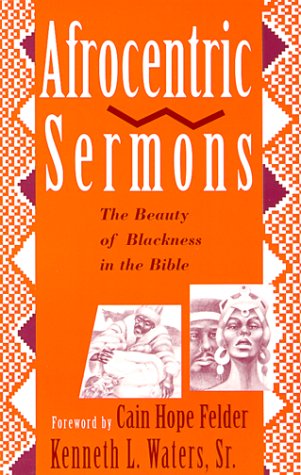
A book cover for Afrocentric Sermons: The Beauty of Blackness in the Bible; Kenneth L. Waters; Religion & Spirituality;